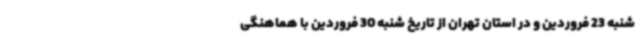
شنبه 23 فروردین و در استان تهران از تاریخ شنبه 30 فروردین با هماهنگی